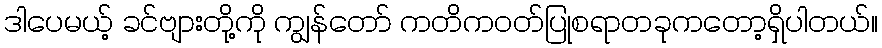
ဒါပေမယ့် ခင်ဗျားတို့ကို ကျွန်တော် ကတိကဝတ်ပြုစရာတခုကတော့ရှိပါတယ်။